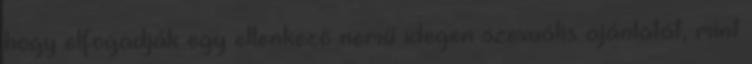
hogy elfogadják egy ellenkező nemű idegen szexuális ajánlatát, mint